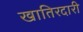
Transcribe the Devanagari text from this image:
खातिरदारी